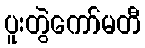
ပူးတွဲကော်မတီ